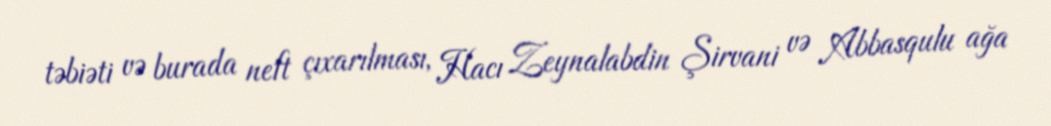
təbiəti və burada neft çıxarılması, Hacı Zeynalabdin Şirvani və Abbasqulu ağa